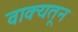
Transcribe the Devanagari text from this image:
वाक्यतून